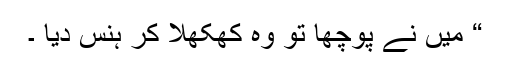
“ میں نے پوچھا تو وہ کھکھلا کر ہنس دیا ۔